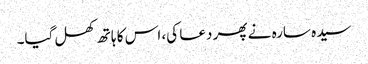
سیدہ سارہ نے پھر دعا کی، اس کا ہاتھ کھل گیا۔